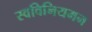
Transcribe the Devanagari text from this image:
स्वविनियमन